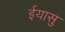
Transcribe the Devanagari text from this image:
ईयासु